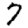
Digit: 7